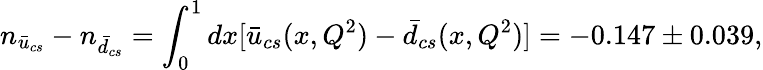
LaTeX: n_{\bar{u}_{cs}}-n_{\bar{d}_{cs}}=\int_{0}^{1}dx[\bar{u}_{cs}(x,Q^{2})-\bar{d}_{cs}(x,Q^{2})]=-0.147\pm 0.039,